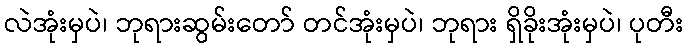
လဲအုံးမှပဲ၊ ဘုရားဆွမ်းတော် တင်အုံးမှပဲ၊ ဘုရား ရှိခိုးအုံးမှပဲ၊ ပုတီး